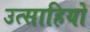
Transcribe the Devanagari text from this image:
उत्साहियो